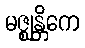
မဇ္ဈန္တိကေ